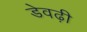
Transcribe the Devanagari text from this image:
डेवढ़ी